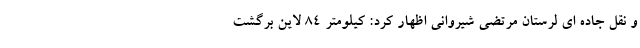
و نقل جاده ای لرستان مرتضی شیروانی اظهار کرد: کیلومتر ۸۴ لاین برگشت